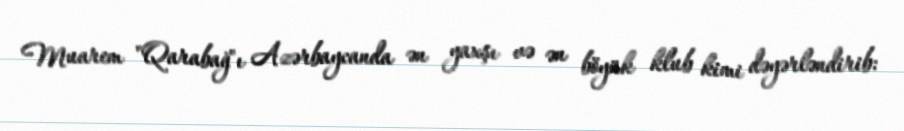
Muarem "Qarabağ"ı Azərbaycanda ən yaxşı və ən böyük klub kimi dəyərləndirib: